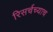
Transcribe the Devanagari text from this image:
रिसर्चच्याच